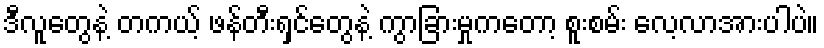
ဒီလူတွေနဲ့ တကယ့် ဖန်တီးရှင်တွေနဲ့ ကွာခြားမှုကတော့ စူးစမ်း လေ့လာအားပါပဲ။